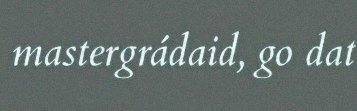
mastergrádaid, go dat